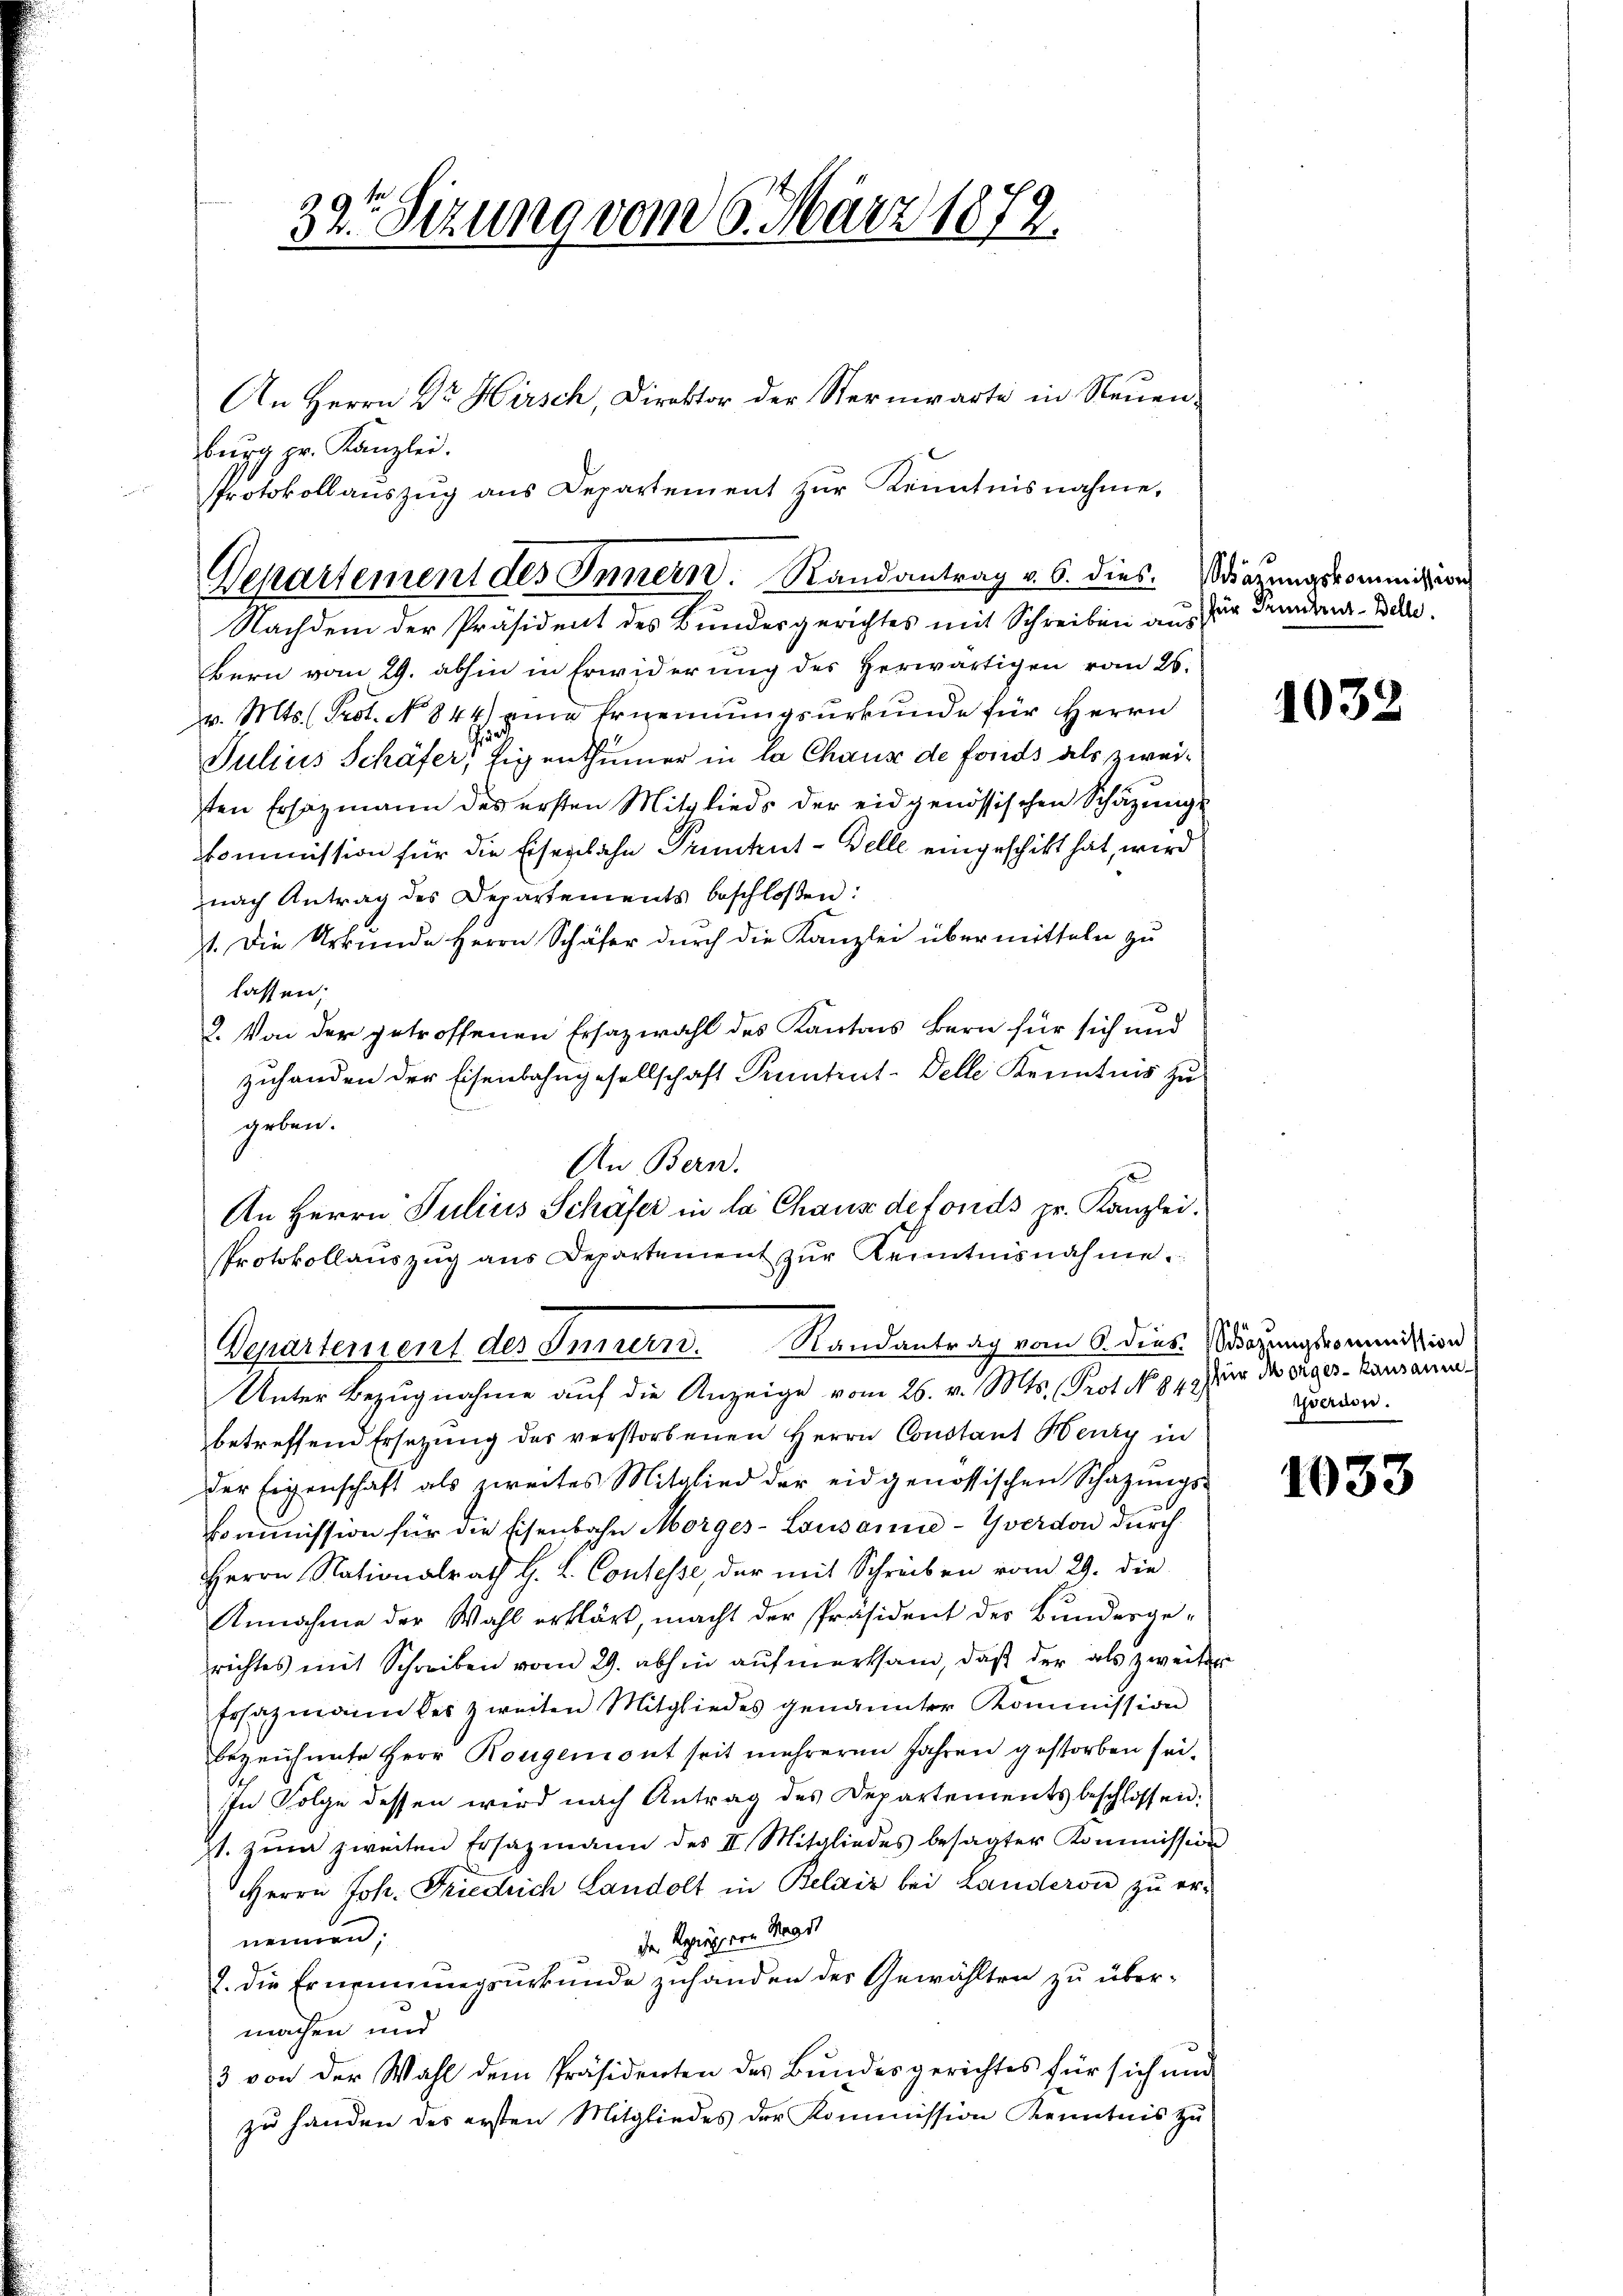
32. Sizung vom 6. März 1872.
i

Bern vom 29. abhin in Erwiderung des Herwärtigen vom 26.
v. Mts. (Prot. No 844) eine Ernennungsurkunde für Herrn
Julius Schäfer, Eigenthümer in la Chaus de fonds als zweiten Ersatzmann des ersten Mitglieds der eidgenössischen Schatzŭngs-
Kommission für die Eisenbahn Prünhut-Belle eingeschickt hat, wird
nach Antrag des Departements beschloßen:
1. Die Urkunde Herrn Schäfer durch die Kanzlei übermitteln zu
lassen;
2. Von der getroffenen Ersazwahl des Kantons Bern für sich und
zuhanden der Eisenbahngesellschaft Pruntrut-Delle Kenntnis zu
geben.
An Bern.
An Herrn Julius Schäfer in la Chause defonds pr. Kanzlei.
Protokollauszug aus Departement zur Kenntnisnahme.
Departement des Innern. Randantrag vom 6. dies Wozungscommission
Unter Bezugnahme auf die Anzeige vom 26. v. Mts. Prot. N. 14. Jun des erger-Kausanne
betreffend Ersetzung des verstorbenen Herrn Constant Henry in
der Eigenschaft als zweites Mitglied der eidgenössischen Schatzŭngs-
kommission für die Eisenbahn Morges - Lausanne-Yverdon durch
Herrn Nationalrath H. L. Contesse, der mit Schreiben vom 29. die
Annahme der Wahl erklärt, macht der Präsident des Bundesge-
richtes mit Schreiben vom 29. abhin aŭfmerksam, daβ der als zweiter
frsazmann des zweiten Mitgliedes genannter Kommission
bezeichnete Herr Rougemont seit mehreren Jahren gestorben sei¬
In Folge dessen wird nach Antrag des Departements beschlossen:
st. zŭm zweiten Ersatzmann des II. Mitgliedes besagter Kommission
Herrn Joh. Friedrich Landolt in Belais bei Landerow zu er-
der Spiegern Mar
nennen.
2. die Ernennungsurkunde zuhanden des Gewählten zu über-
machen und
3 von der Wahl dem Präsidenten des Bundesgerichtes für sich und
zŭ handen des ersten Mitgliedes der Kommission Kenntnis zŭ

Departement des Innern. Randantrag v. 6. dies. Wiegungscommission
Nachdem der Präsident des Bundesgerichtes mit Schreiben aus zur Feinde-Belle.

bŭrg pr. Kanzlei.
Protokollaŭszŭg ans Departement zŭr Kenntnisnahme.

An Herrn Dr Hirsch, Direktor der Sternwarte in Neuen¬

1032

pserien.

1033